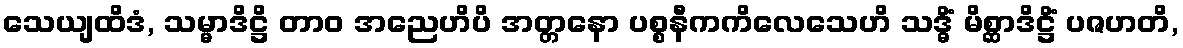
သေယျထိဒံ, သမ္မာဒိဋ္ဌိ တာဝ အညေဟိပိ အတ္တနော ပစ္စနီကကိလေသေဟိ သဒ္ဓိံ မိစ္ဆာဒိဋ္ဌိံ ပဇဟတိ,